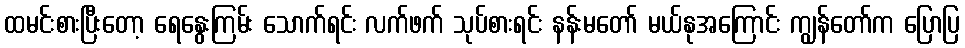
ထမင်းစားပြီးတော့ ရေနွေးကြမ်း သောက်ရင်း လက်ဖက် သုပ်စားရင်း နန်းမတော် မယ်နုအကြောင်း ကျွန်တော်က ပြောပြ